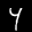
Label: 4